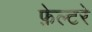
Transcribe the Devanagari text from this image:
फ़ेल्टरे